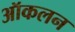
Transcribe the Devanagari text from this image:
ऑकलन